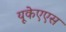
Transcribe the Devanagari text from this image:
यूकेएएस